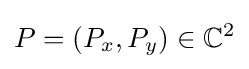
P=(P_{x},P_{y})\in \mathbb {C} ^{2}